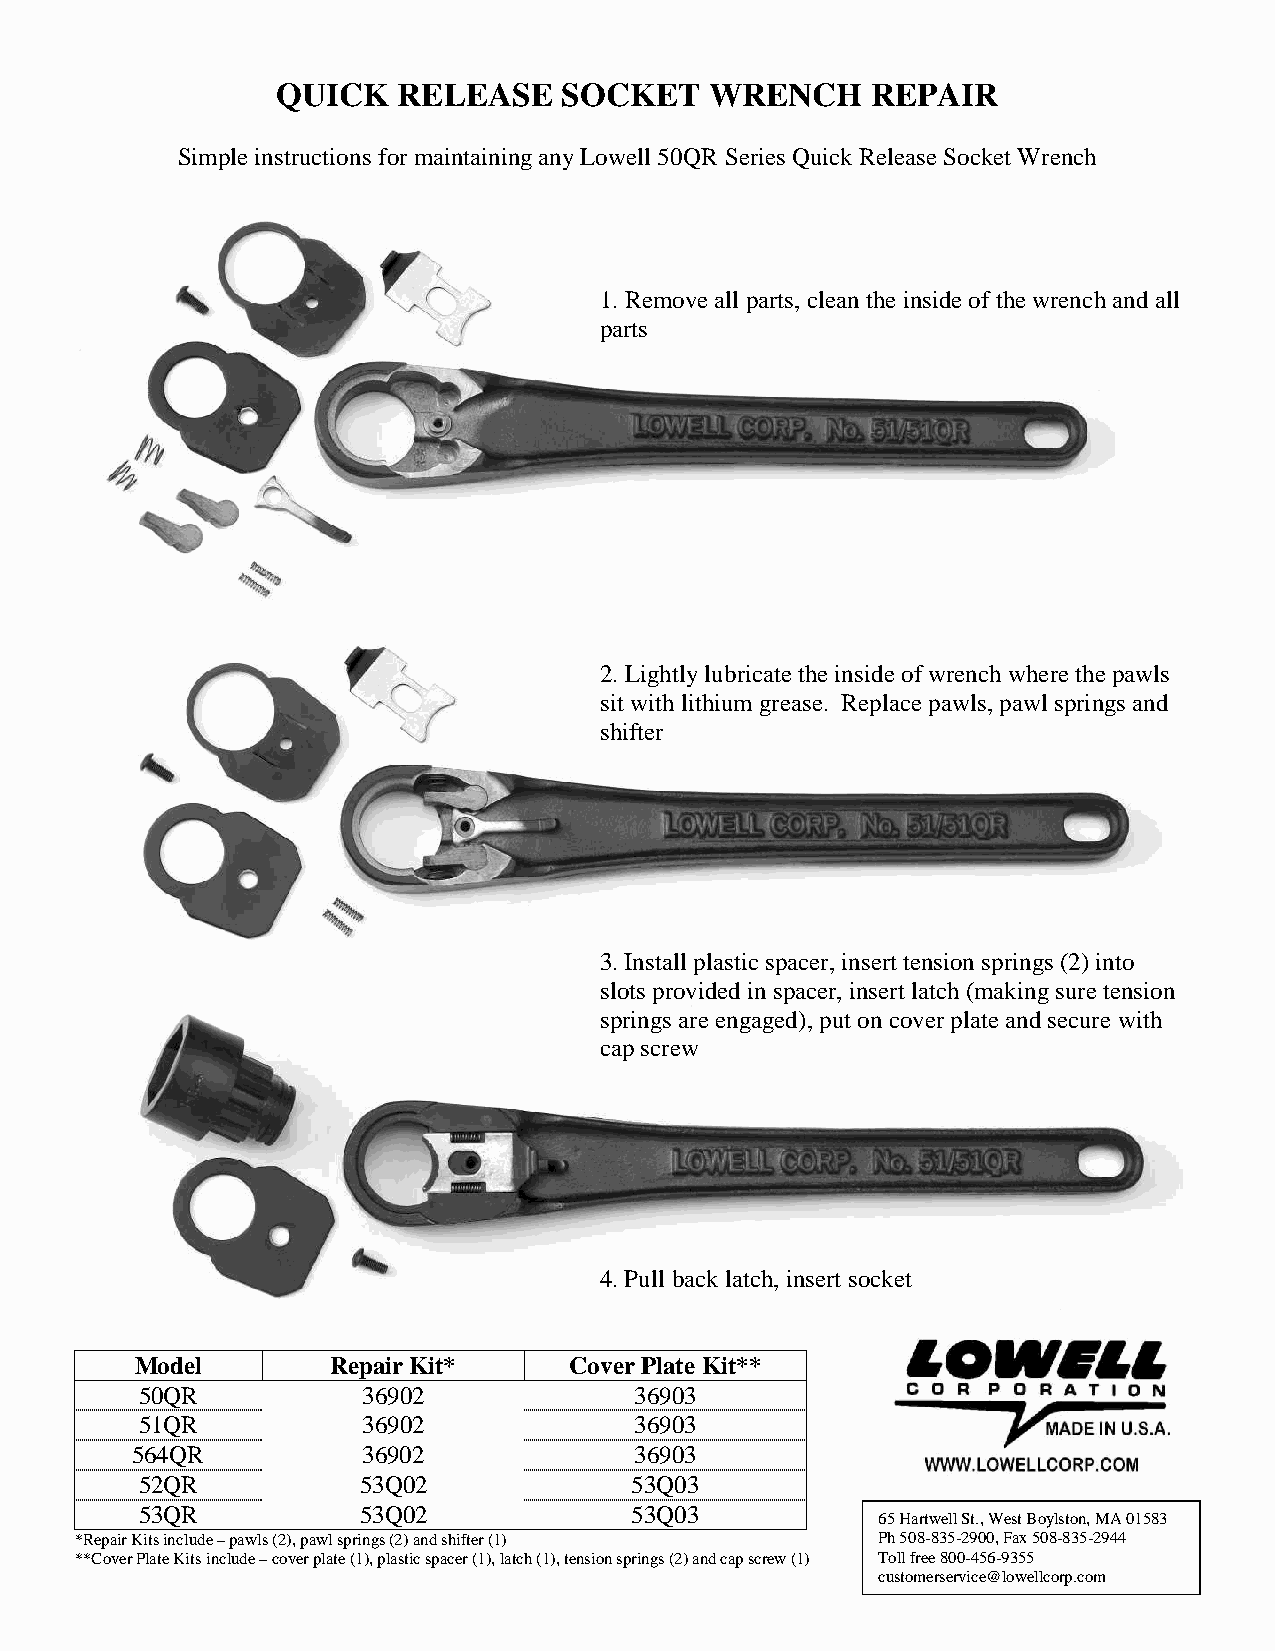
QUICK   RELEASE    SOCKET    WRENCH     REPAIR
 Simple instructions for maintaining any Lowell 50QR Series Quick Release Socket Wrench
 1. Remove all parts, clean the inside of the wrench and all
 parts
 2. Lightly lubricate the inside of wrench where the pawls
 sit with lithium grease. Replace pawls, pawl springs and
 shifter
 3. Install plastic spacer, insert tension springs (2) into
 slots provided in spacer, insert latch (making sure tension
 springs are engaged), put on cover plate and secure with
 cap screw
 4. Pull back latch, insert socket
 Model        Repair Kit*     Cover Plate Kit**
 50QR           36902             36903
 51QR           36902             36903
 564QR          36902             36903
 52QR           53Q02             53Q03
 53QR           53Q02             53Q03
 65 Hartwell St., West Boylston, MA 01583
 *Repair Kits include – pawls (2), pawl springs (2) and shifter (1) Ph 508-835-2900, Fax 508-835-2944
 **Cover Plate Kits include – cover plate (1), plastic spacer (1), latch (1), tension springs (2) and cap screw (1) Toll free 800-456-9355
 customerservice@lowellcorp.com